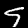
Label: 9